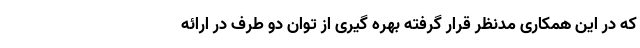
که در این همکاری مدنظر قرار گرفته بهره گیری از توان دو طرف در ارائه